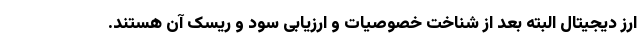
ارز دیجیتال البته بعد از شناخت خصوصیات و ارزیابی سود و ریسک آن هستند.